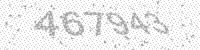
Solution: 467943